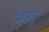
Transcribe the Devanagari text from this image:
फरेलू